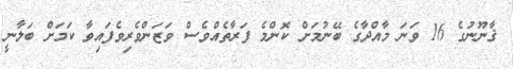
ޤާނޫނުގެ 16 ވަނަ މާއްދާގެ ބޭނުމަށް ކޮންމެ ފަރާތެއްވެސް ވަޒަންވެރިވެފައިވާ ކަމަށް ބަލާނީ